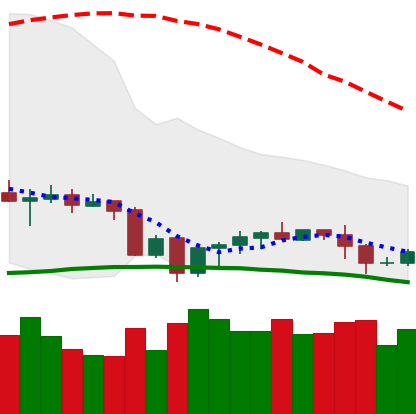
Ticker: EOS-USD
Chart end date: 2020-10-04
Forward return: 4.718%
Label: up_3_5